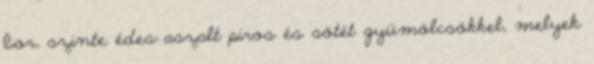
bor, szinte édes aszalt piros és sötét gyümölcsökkel, melyek